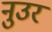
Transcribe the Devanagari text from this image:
नुउर